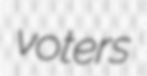
voters